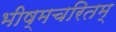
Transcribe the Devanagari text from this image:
भीष्मचरितम्